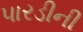
પારડીની